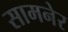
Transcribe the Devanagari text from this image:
सामनेर